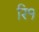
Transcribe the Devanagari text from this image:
रि१